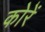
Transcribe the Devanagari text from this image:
कोरें